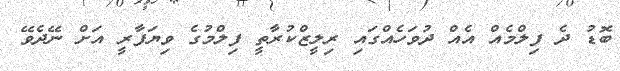
ބޮޑު ދެ ފިލްމެއް އެއް ދުވަހެއްގައި ރިލީޒްކުރާތީ ފިލްމުގެ ވިޔަފާރީ އަށް ނޭދެވޭ